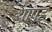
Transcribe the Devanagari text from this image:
थापड